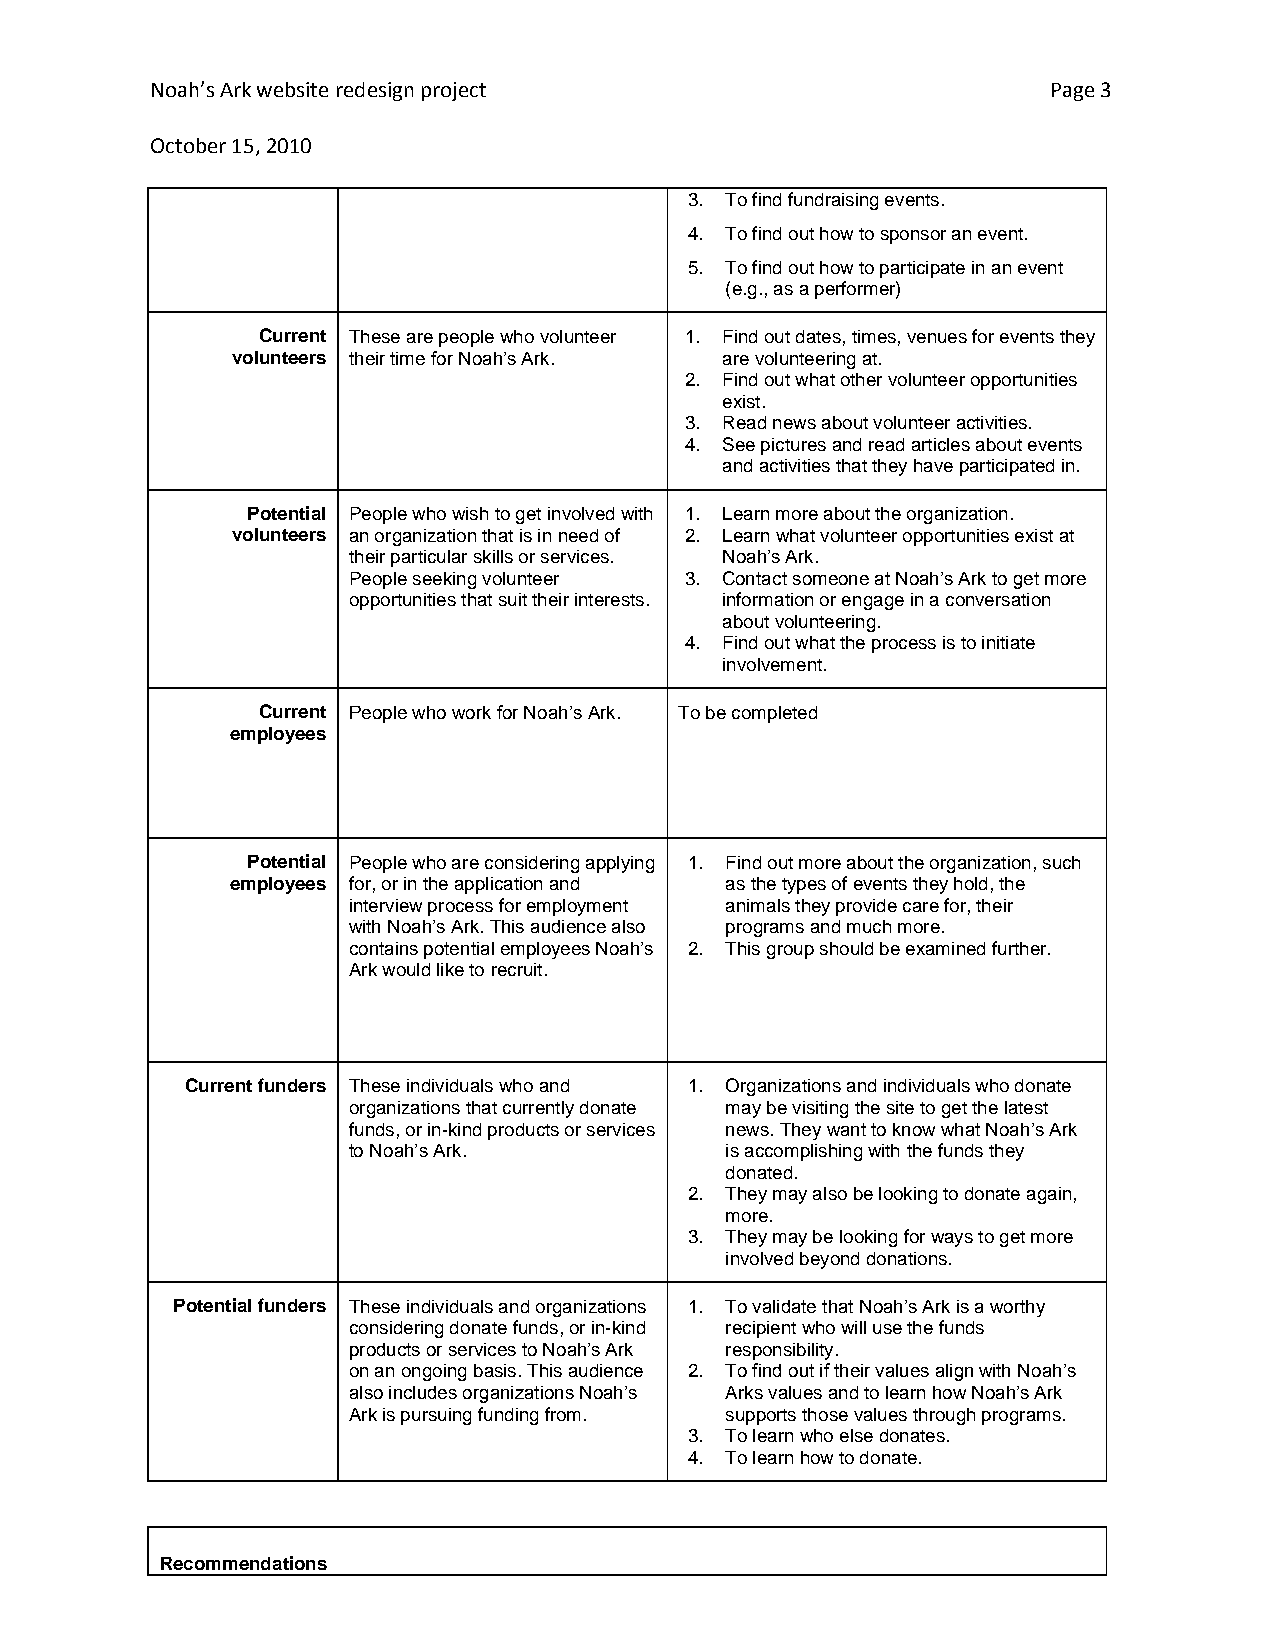
Noah’s Ark website redesign project                         Page 3
 October 15, 2010
 3. To find fundraising events.
 4. To find out how to sponsor an event.
 5. To find out how to participate in an event
 (e.g., as a performer)
 Current These are people who volunteer 1. Find out dates, times, venues for events they
 volunteers their time for Noah’s Ark. are volunteering at.
 2. Find out what other volunteer opportunities
 exist.
 3. Read news about volunteer activities.
 4. See pictures and read articles about events
 and activities that they have participated in.
 Potential People who wish to get involved with 1. Learn more about the organization.
 volunteers an organization that is in need of 2. Learn what volunteer opportunities exist at
 their particular skills or services. Noah’s Ark.
 People seeking volunteer 3. Contact someone at Noah’s Ark to get more
 opportunities that suit their interests. information or engage in a conversation
 about volunteering.
 4. Find out what the process is to initiate
 involvement.
 Current People who work for Noah’s Ark. To be completed
 employees
 Potential People who are considering applying 1. Find out more about the organization, such
 employees for, or in the application and as the types of events they hold, the
 interview process for employment animals they provide care for, their
 with Noah’s Ark. This audience also programs and much more.
 contains potential employees Noah’s 2. This group should be examined further.
 Ark would like to recruit.
 Current funders These individuals who and 1. Organizations and individuals who donate
 organizations that currently donate may be visiting the site to get the latest
 funds, or in-kind products or services news. They want to know what Noah’s Ark
 to Noah’s Ark.           is accomplishing with the funds they
 donated.
 2. They may also be looking to donate again,
 more.
 3. They may be looking for ways to get more
 involved beyond donations.
 Potential funders These individuals and organizations 1. To validate that Noah’s Ark is a worthy
 considering donate funds, or in-kind recipient who will use the funds
 products or services to Noah’s Ark responsibility.
 on an ongoing basis. This audience 2. To find out if their values align with Noah’s
 also includes organizations Noah’s Arks values and to learn how Noah’s Ark
 Ark is pursuing funding from. supports those values through programs.
 3. To learn who else donates.
 4. To learn how to donate.
 Recommendations